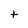
Character: t